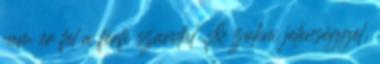
nem ér fel a férfi szandál & zokni jelenséggel,